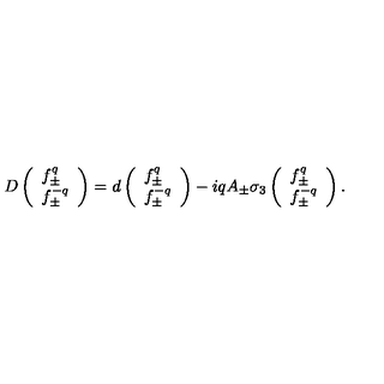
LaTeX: D \left( \begin{array} { l } { f _ { \pm } ^ { q } } \\ { f _ { \pm } ^ { - q } } \\ \end{array} \right) = d \left( \begin{array} { l } { f _ { \pm } ^ { q } } \\ { f _ { \pm } ^ { - q } } \\ \end{array} \right) - i q A _ { \pm } \sigma _ { 3 } \left( \begin{array} { l } { f _ { \pm } ^ { q } } \\ { f _ { \pm } ^ { - q } } \\ \end{array} \right) .